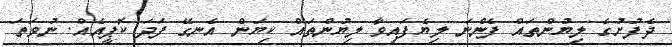
ދެފުށުގެ ލިޔުންތައް ފެންނަ ލިޔެފައިވާ ލިޔުންތައް ކިޔަން އެނގޭ ފަދަ ކޮޕީއެއް. ނުވަތަ